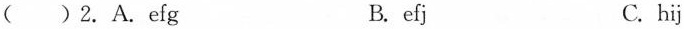
( )2.A. efg B. efj C. hij